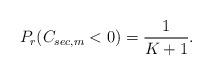
LaTeX: \begin{align*}P_r(C_{sec,m}<0)=\frac{1}{K+1}.\end{align*}